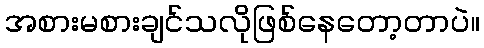
အစားမစားချင်သလိုဖြစ်နေတော့တာပဲ။